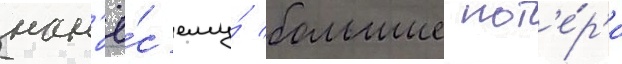
нан'ё́с ему́ большие пот'е́р'и